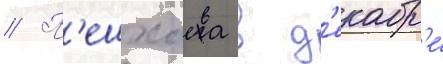
// П'ешхоева в д'екабр'е́